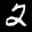
Label: 2